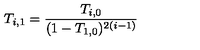
T _ { i , 1 } = \frac { T _ { i , 0 } } { ( 1 - T _ { 1 , 0 } ) ^ { 2 ( i - 1 ) } }